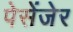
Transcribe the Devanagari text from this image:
पेसेंजेर